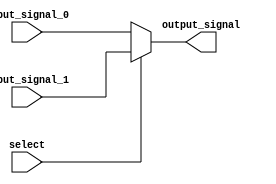
module multiplexer(
  input wire [3:0] input_signal_0,
  input wire [3:0] input_signal_1,
  input wire select,
  output reg [3:0] output_signal
);

  always @ (select or input_signal_0 or input_signal_1) begin
    if (select == 0) begin
      output_signal <= input_signal_0;
    end else begin
      output_signal <= input_signal_1;
    end
  end

endmodule